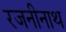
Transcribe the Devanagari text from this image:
रजनीनाथ